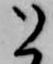
と